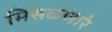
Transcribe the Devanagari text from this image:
मिसळणारे